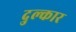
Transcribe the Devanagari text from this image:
दुल्कार